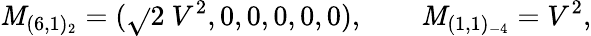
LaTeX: \mathit{M}_{(6,1)_{2}}=(\sqrt{}{{2}}\ V^{2},0,0,0,0,0),\qquad\mathit{M}_{(1,1)_{-4}}=V^{2},